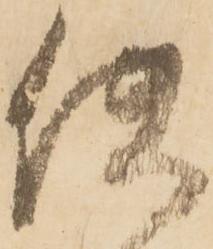
使